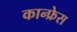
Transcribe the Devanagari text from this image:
कान्फ्रेस